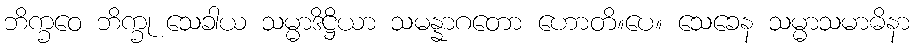
ဘိက္ခဝေ ဘိက္ခု သေခါယ သမ္မာဒိဋ္ဌိယာ သမန္နာဂတော ဟောတိ။ပေ။ သေခေန သမ္မာသမာဓိနာ